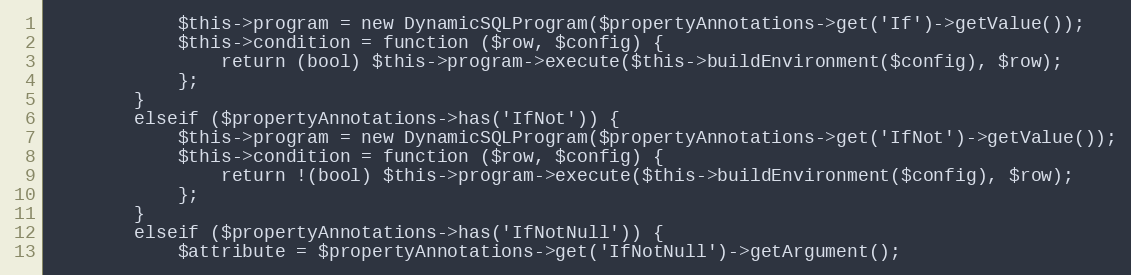
Language: PHP
			$this->program = new DynamicSQLProgram($propertyAnnotations->get('If')->getValue());
			$this->condition = function ($row, $config) {
				return (bool) $this->program->execute($this->buildEnvironment($config), $row);
			};
		}
		elseif ($propertyAnnotations->has('IfNot')) {
			$this->program = new DynamicSQLProgram($propertyAnnotations->get('IfNot')->getValue());
			$this->condition = function ($row, $config) {
				return !(bool) $this->program->execute($this->buildEnvironment($config), $row);
			};
		}
		elseif ($propertyAnnotations->has('IfNotNull')) {
			$attribute = $propertyAnnotations->get('IfNotNull')->getArgument();